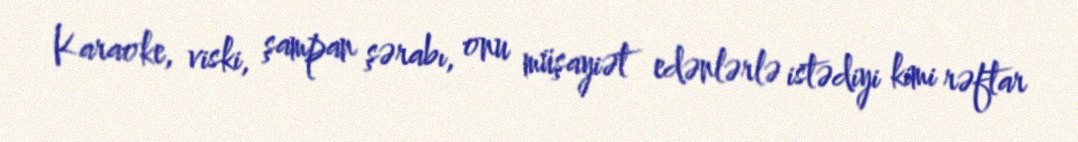
Karaoke, viski, şampan şərabı, onu müşayiət edənlərlə istədiyi kimi rəftar